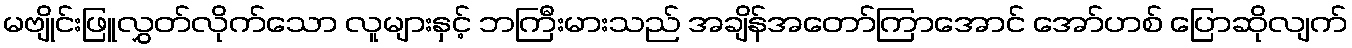
မဗျိုင်းဖြူလွှတ်လိုက်သော လူများနှင့် ဘကြီးမားသည် အချိန်အတော်ကြာအောင် အော်ဟစ် ပြောဆိုလျက်